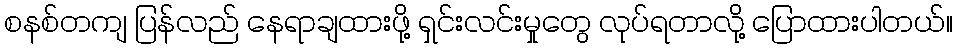
စနစ်တကျ ပြန်လည် နေရာချထားဖို့ ရှင်းလင်းမှုတွေ လုပ်ရတာလို့ ပြောထားပါတယ်။